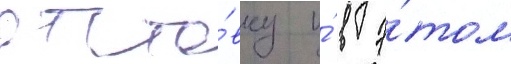
отста́вку и́ в э́том